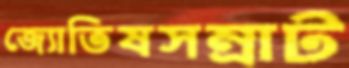
জ্যোতিষসম্রাট